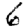
Digit: 6